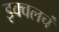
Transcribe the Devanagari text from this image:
इक्वलचं